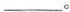
___。